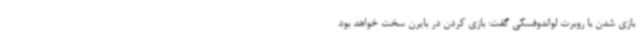
بازی شدن با روبرت لواندوفسکی گفت: بازی کردن در بایرن سخت خواهد بود